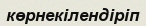
көрнекілендіріп